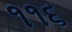
૧૧૬